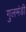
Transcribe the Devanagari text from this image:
गुलमंडी